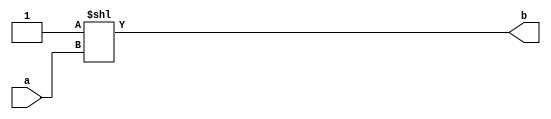
module Binary_too_One_Hot_encoder(
    input [3:0] a,
    output [15:0] b
    );
//          wire [19:0]c;
//          assign c = 1<<a;
//          assign b=c;
      assign b = 1'b1 <<a;
    

endmodule